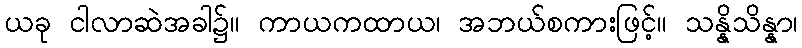
ယခု ငါလာဆဲအခါ၌။ ကာယကထာယ၊ အဘယ်စကားဖြင့်။ သန္နိသိန္နာ၊